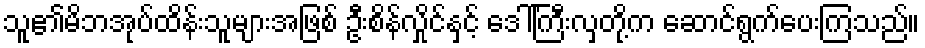
သူ၏မိဘအုပ်ထိန်းသူများအဖြစ် ဦးစိန်လှိုင်နှင့် ဒေါ်ကြီးလှတို့က ဆောင်ရွက်ပေးကြသည်။